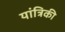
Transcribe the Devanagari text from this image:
यांत्रिकी